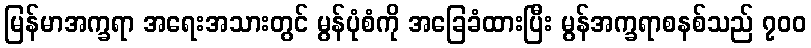
မြန်မာအက္ခရာ အရေးအသားတွင် မွန်ပုံစံကို အခြေခံထားပြီး မွန်အက္ခရာစနစ်သည် ၇၀၀